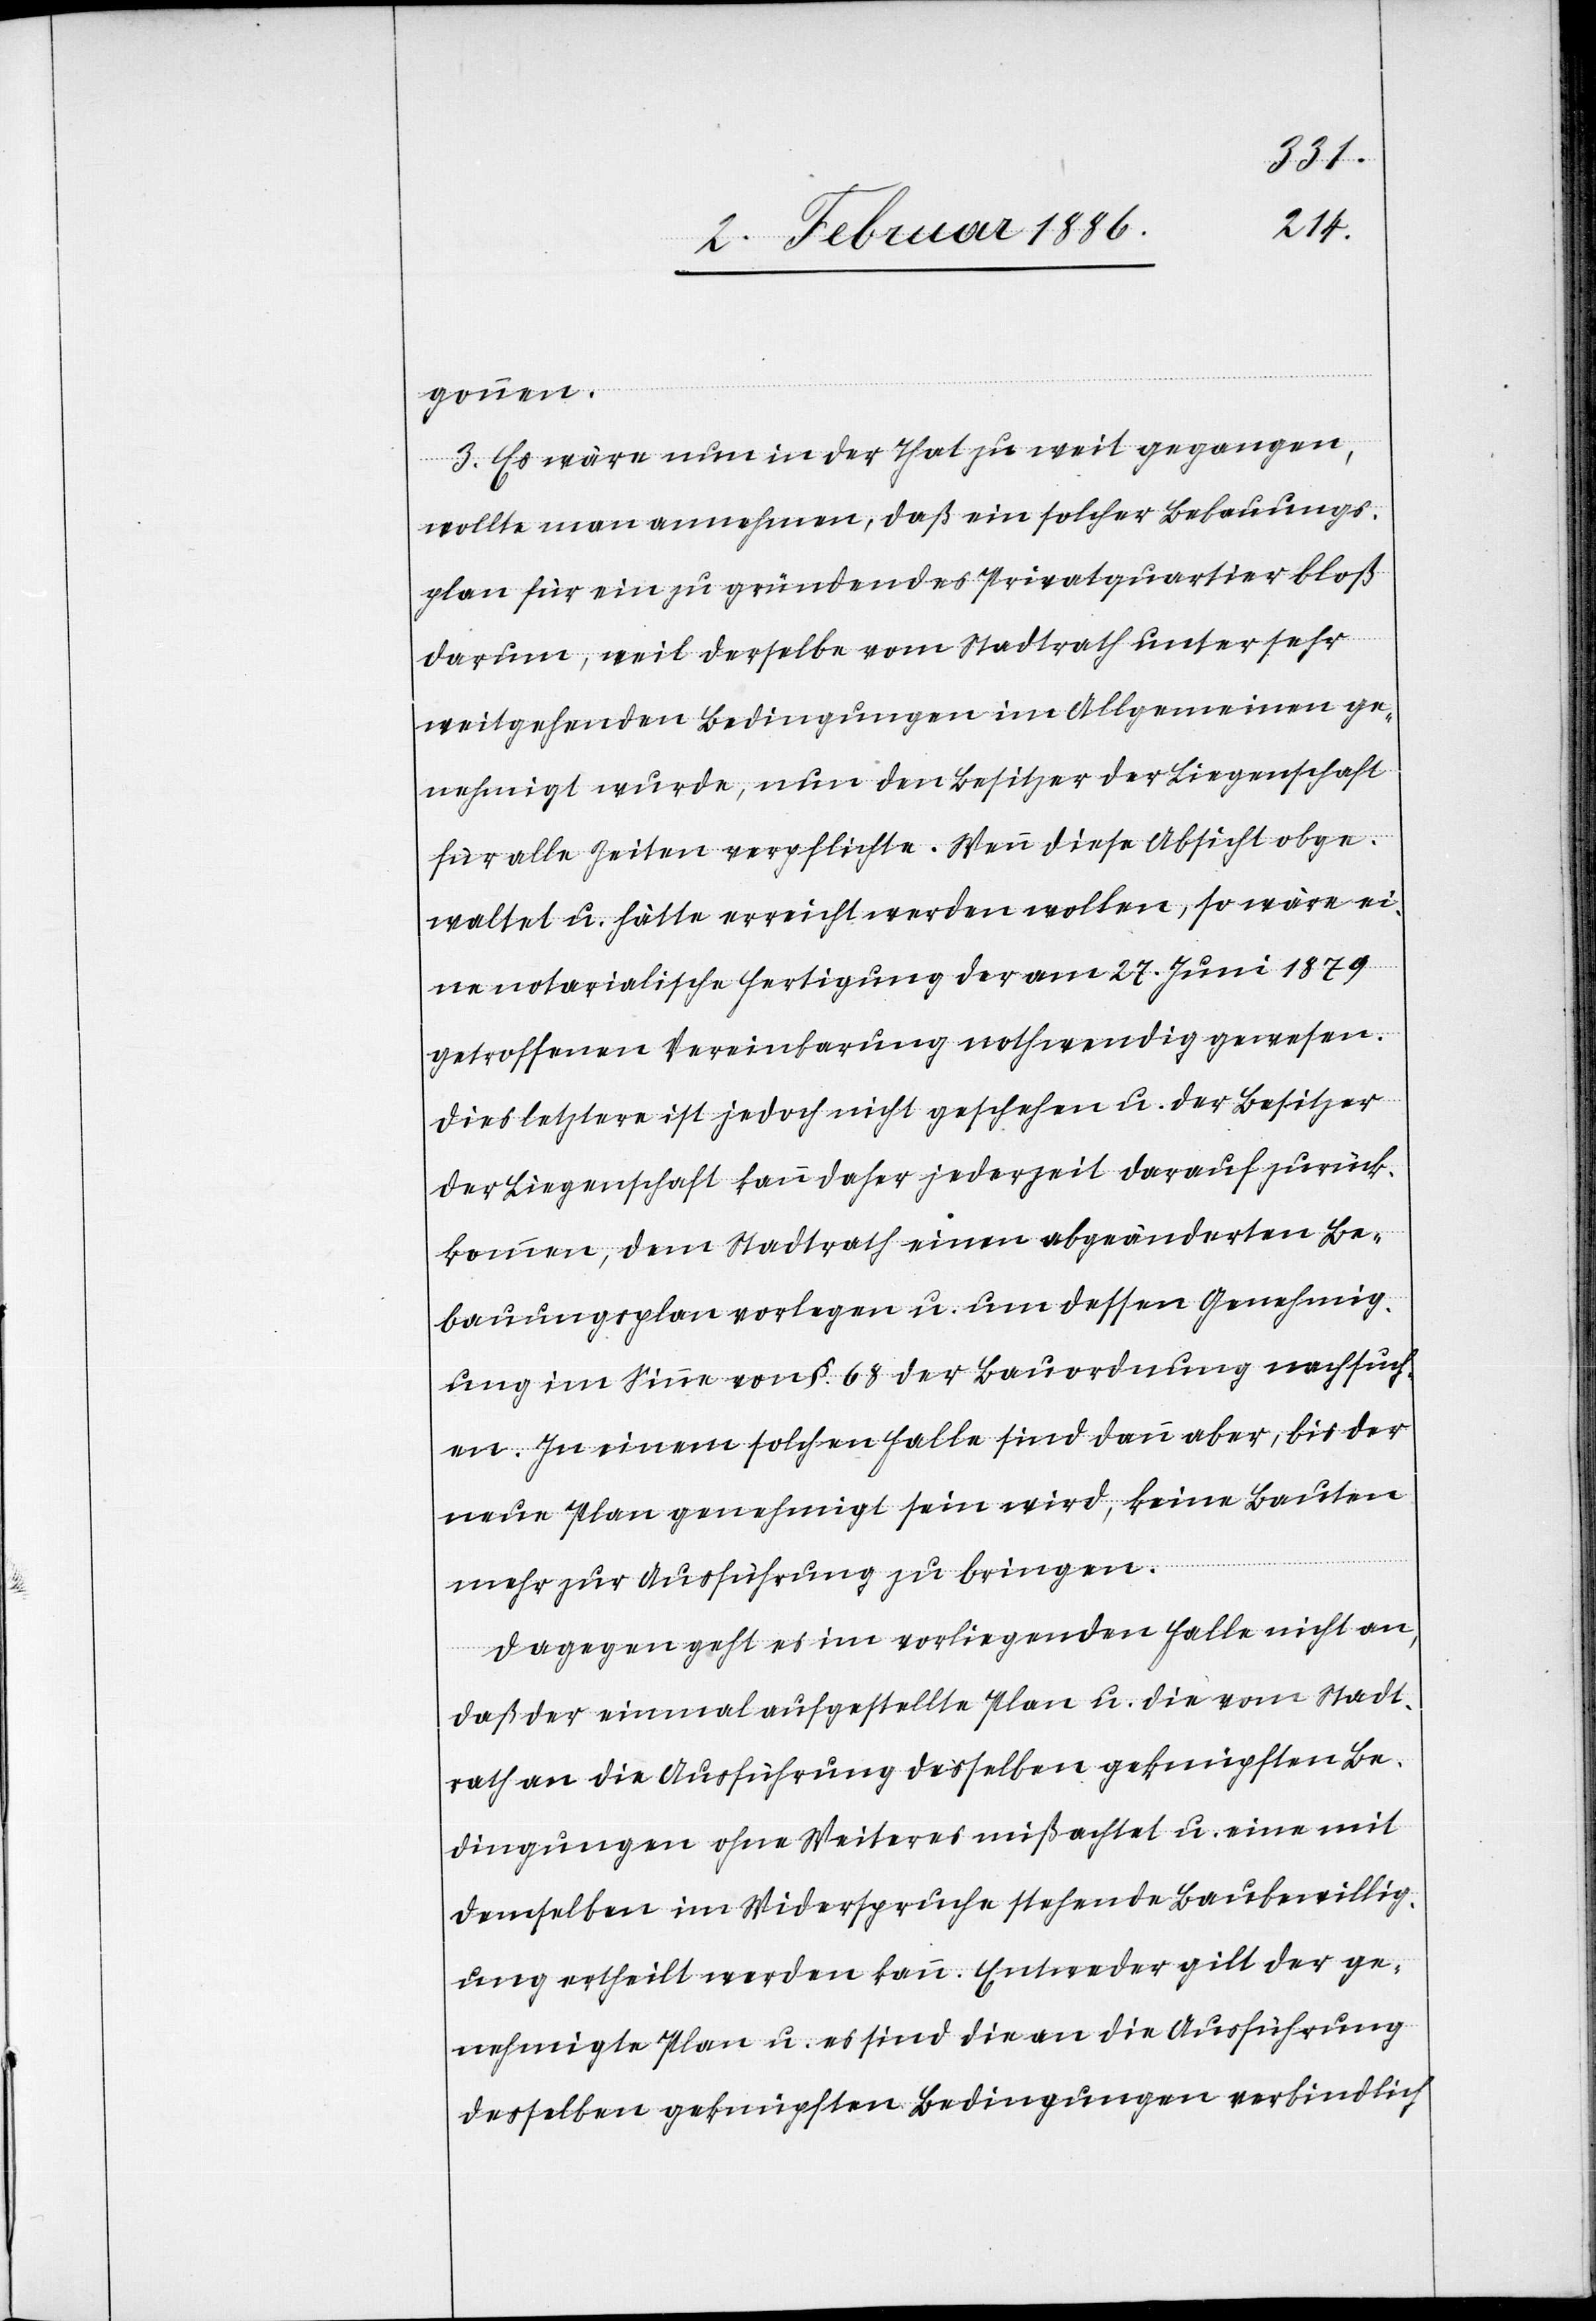
gonnen.
3. Es wäre nun in der That zu weit gegangen,
wollte man annehmen, daß ein solcher Bebauungs¬
plan für ein zu gründendes Privatquartier bloß
darum, weil derselbe vom Stadtrath unter sehr
weitgehenden Bedingungen im Allgemeinen ge¬
nehmigt wurde, nun den Besitzer der Liegenschaft
für alle Zeiten verpflichte. Wenn diese Absicht obge¬
waltet u. hätte erreicht werden wollen, so wäre ei¬
ne notarialische Fertigung der am 27. Juni 1879
getroffenen Vereinbarung nothwendig gewesen.
Dies letztere ist jedoch nicht geschehen u. der Besitzer
der Liegenschaft kann daher jederzeit darauf zurück¬
kommen, dem Stadtrath einen abgeänderten Be¬
bauungsplan vorlegen u. um dessen Genehmig¬
ung im Sinne von §. 68 der Bauordnung nachsuch¬
en. In einem solchen Falle sind dann aber, bis der
neue Plan genehmigt sein wird, keine Bauten
mehr zur Ausführung zu bringen.
Dagegen geht es im vorliegenden Falle nicht an,
daß der einmal aufgestellte Plan u. die vom Stadt¬
rath an die Ausführung desselben geknüpften Be¬
dingungen ohne Weiteres mißachtet u. eine mit
demselben im Widerspruche stehende Baubewillig¬
ung ertheilt werden kann. Entweder gilt der ge¬
nehmigte Plan u. es sind die an die Ausführung
desselben geknüpfte Bedingungen verbindlich